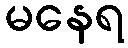
မနေရ